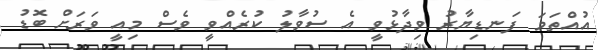
އުއްތަމަ ފަނޑިޔާރު ވިދާޅުވީ އެ ސުވާލު ކުރެއްވީ ވެސް މިއީ ވަރަށް ބޮޑު